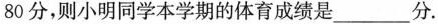
80分，则小明同学本学期的体育成绩是___分。